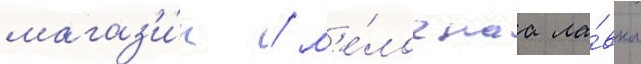
магаз'и́н / м'е́лочнаа ла́вка